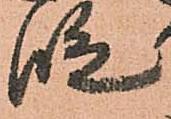
段